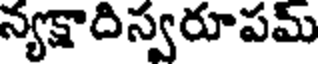
న్యక్షాదిస్వరూపమ్